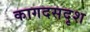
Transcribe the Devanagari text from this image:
कागदसदृश